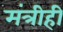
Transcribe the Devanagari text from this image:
मंत्रीही